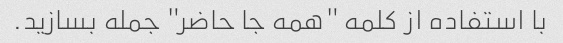
با استفاده از کلمه "همه جا حاضر" جمله بسازید.